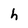
Character: h